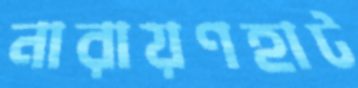
নারায়ণহাট